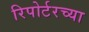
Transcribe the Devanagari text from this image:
रिपोर्टरच्या